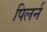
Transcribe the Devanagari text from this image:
पिलर्न